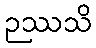
ဉဿသိ